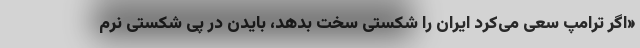
«اگر ترامپ سعی می‌کرد ایران را شکستی سخت بدهد، بایدن در پی شکستی نرم